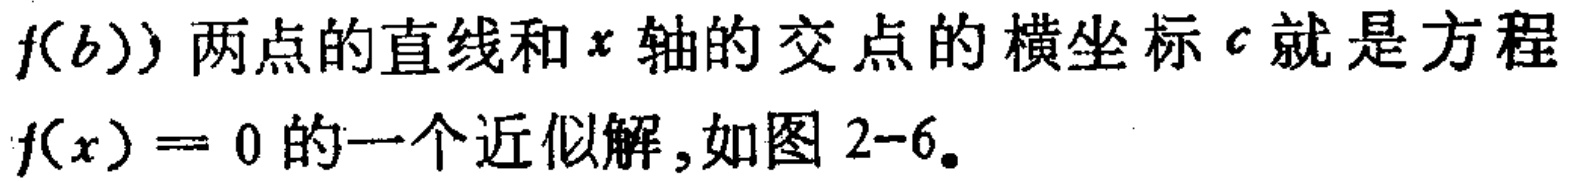
\(f(b))\)两点的直线和\(x\)轴的交点的横坐标\(c\)就是方程\(f(x)=0\)的一个近似解,如图2-6。